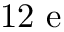
1 2 \textup { e }